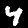
Label: 4